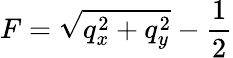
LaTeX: F=\sqrt{\smash[b]{q_{x}^{2}+q_{y}^{2}}}-\frac 12